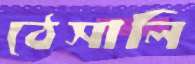
ঠেসালি